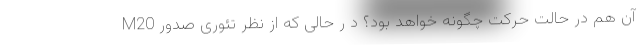
M20 آن هم در حالت حرکت چگونه خواهد بود؟ د ر حالی که از نظر تئوری صدور